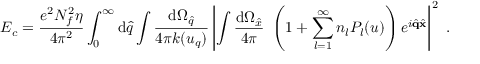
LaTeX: E _ { c } = \frac { e ^ { 2 } N _ { f } ^ { 2 } \eta } { 4 \pi ^ { 2 } } \int _ { 0 } ^ { \infty } \mathrm { d } \hat { q } \int \frac { \mathrm { d } \Omega _ { \hat { q } } } { 4 \pi k ( u _ { q } ) } \left| \int \frac { \mathrm { d } \Omega _ { \hat { x } } } { 4 \pi } ~ \left( 1 + \sum _ { l = 1 } ^ { \infty } n _ { l } P _ { l } ( u ) \right) e ^ { i \hat { \bf q } \hat { \bf x } } \right| ^ { 2 } ~ .